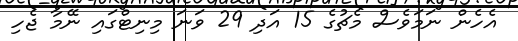
އެހެން ނަމަވެސް މެޗުގެ 15 އަދި 29 ވަަނަ މިނިޓްގައި ނޭމާ ޖެހި